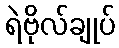
ရဲဗိုလ်ချုပ်